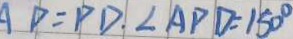
A D = P D . \angle A P D = 1 5 0 ^ { \circ }